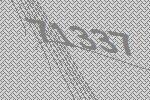
71337